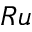
R u